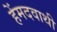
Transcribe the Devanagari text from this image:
हेंमदवाथी